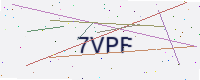
Text: 7VPF